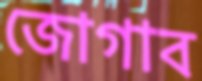
জোগাব